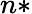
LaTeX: n*